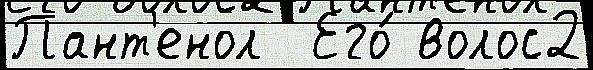
Пант'енол  Его́ волос2